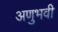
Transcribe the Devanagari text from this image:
अणुभवी